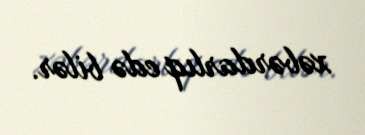
xəbərdarlıq edə bilər.